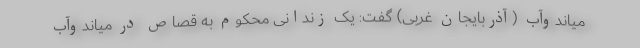
میاندوآب (آذربایجان غربی) گفت: یک زندانی محکوم به قصاص در میاندوآب